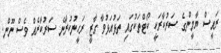
ރައީސް ޔާމީންގެ ސަރުކާރަކީ ކޯޓްތަކުގައި ތަޅުއަޅުވާ ގާޒީ ރަހީނުކުރާނެ ސަރުކާރެއް ވެސް ނޫން.